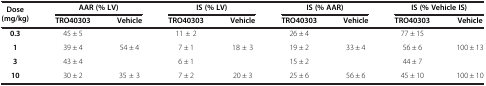
| <ROWSPAN=2> Dose (mg/kg) | <COLSPAN=2> AAR (% LV) | <COLSPAN=2> IS (% LV) | <COLSPAN=2> IS (% AAR) | <COLSPAN=2> IS (% Vehicle IS) |
 | TRO40303 | Vehicle | TRO40303 | Vehicle | TRO40303 | Vehicle | TRO40303 | Vehicle |
 | --- | --- | --- | --- | --- | --- | --- | --- | --- |
 | 0.3 | 45 ± 5 | <ROWSPAN=3> 54 ± 4 | 11 ± 2 | <ROWSPAN=3> 18 ± 3 | 26 ± 4 | <ROWSPAN=3> 33 ± 4 | 77 ± 15 | <ROWSPAN=3> 100 ± 13 |
 | 1 | 39 ± 4 | 7 ± 1 | 19 ± 2 | 56 ± 6 |
 | 3 | 43 ± 4 | 6 ± 1 | 15 ± 2 | 44 ± 7 |
 | 10 | 30 ± 2 | 35 ± 3 | 7 ± 2 | 20 ± 3 | 25 ± 6 | 56 ± 6 | 45 ± 10 | 100 ± 10 |